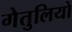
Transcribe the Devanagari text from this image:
गेतुलियो